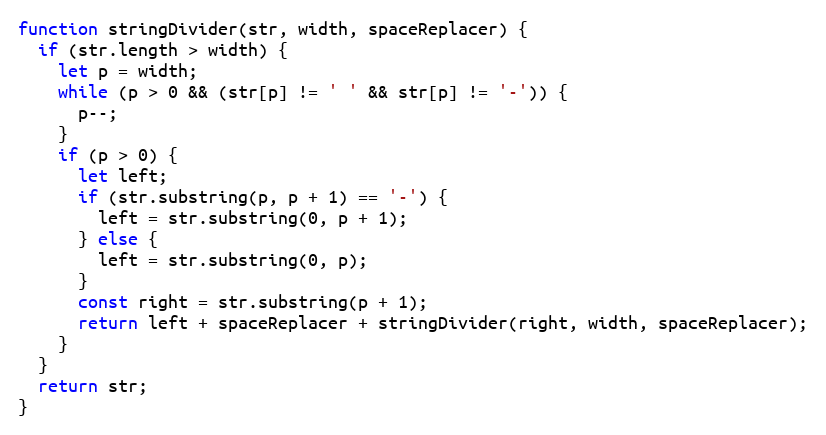
Language: JavaScript
function stringDivider(str, width, spaceReplacer) {
  if (str.length > width) {
    let p = width;
    while (p > 0 && (str[p] != ' ' && str[p] != '-')) {
      p--;
    }
    if (p > 0) {
      let left;
      if (str.substring(p, p + 1) == '-') {
        left = str.substring(0, p + 1);
      } else {
        left = str.substring(0, p);
      }
      const right = str.substring(p + 1);
      return left + spaceReplacer + stringDivider(right, width, spaceReplacer);
    }
  }
  return str;
}